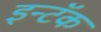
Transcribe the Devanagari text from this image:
इन्टॅक